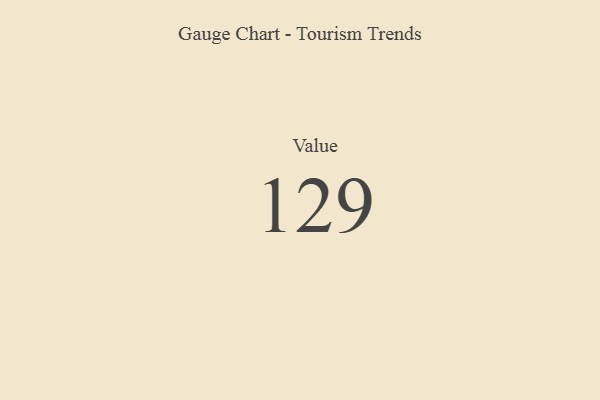
{"axis": {"x": "Metric", "y": "Value"}, "legend": [""], "data": [{"x": "Value", "y": 129, "type": ""}]}